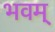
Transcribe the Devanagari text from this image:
भवम्